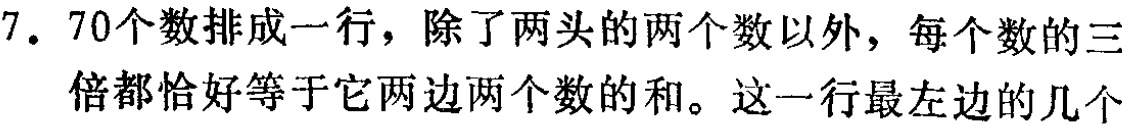
7. 70个数排成一行，除了两头的两个数以外，每个数的三倍都恰好等于它两边两个数的和。这一行最左边的几个